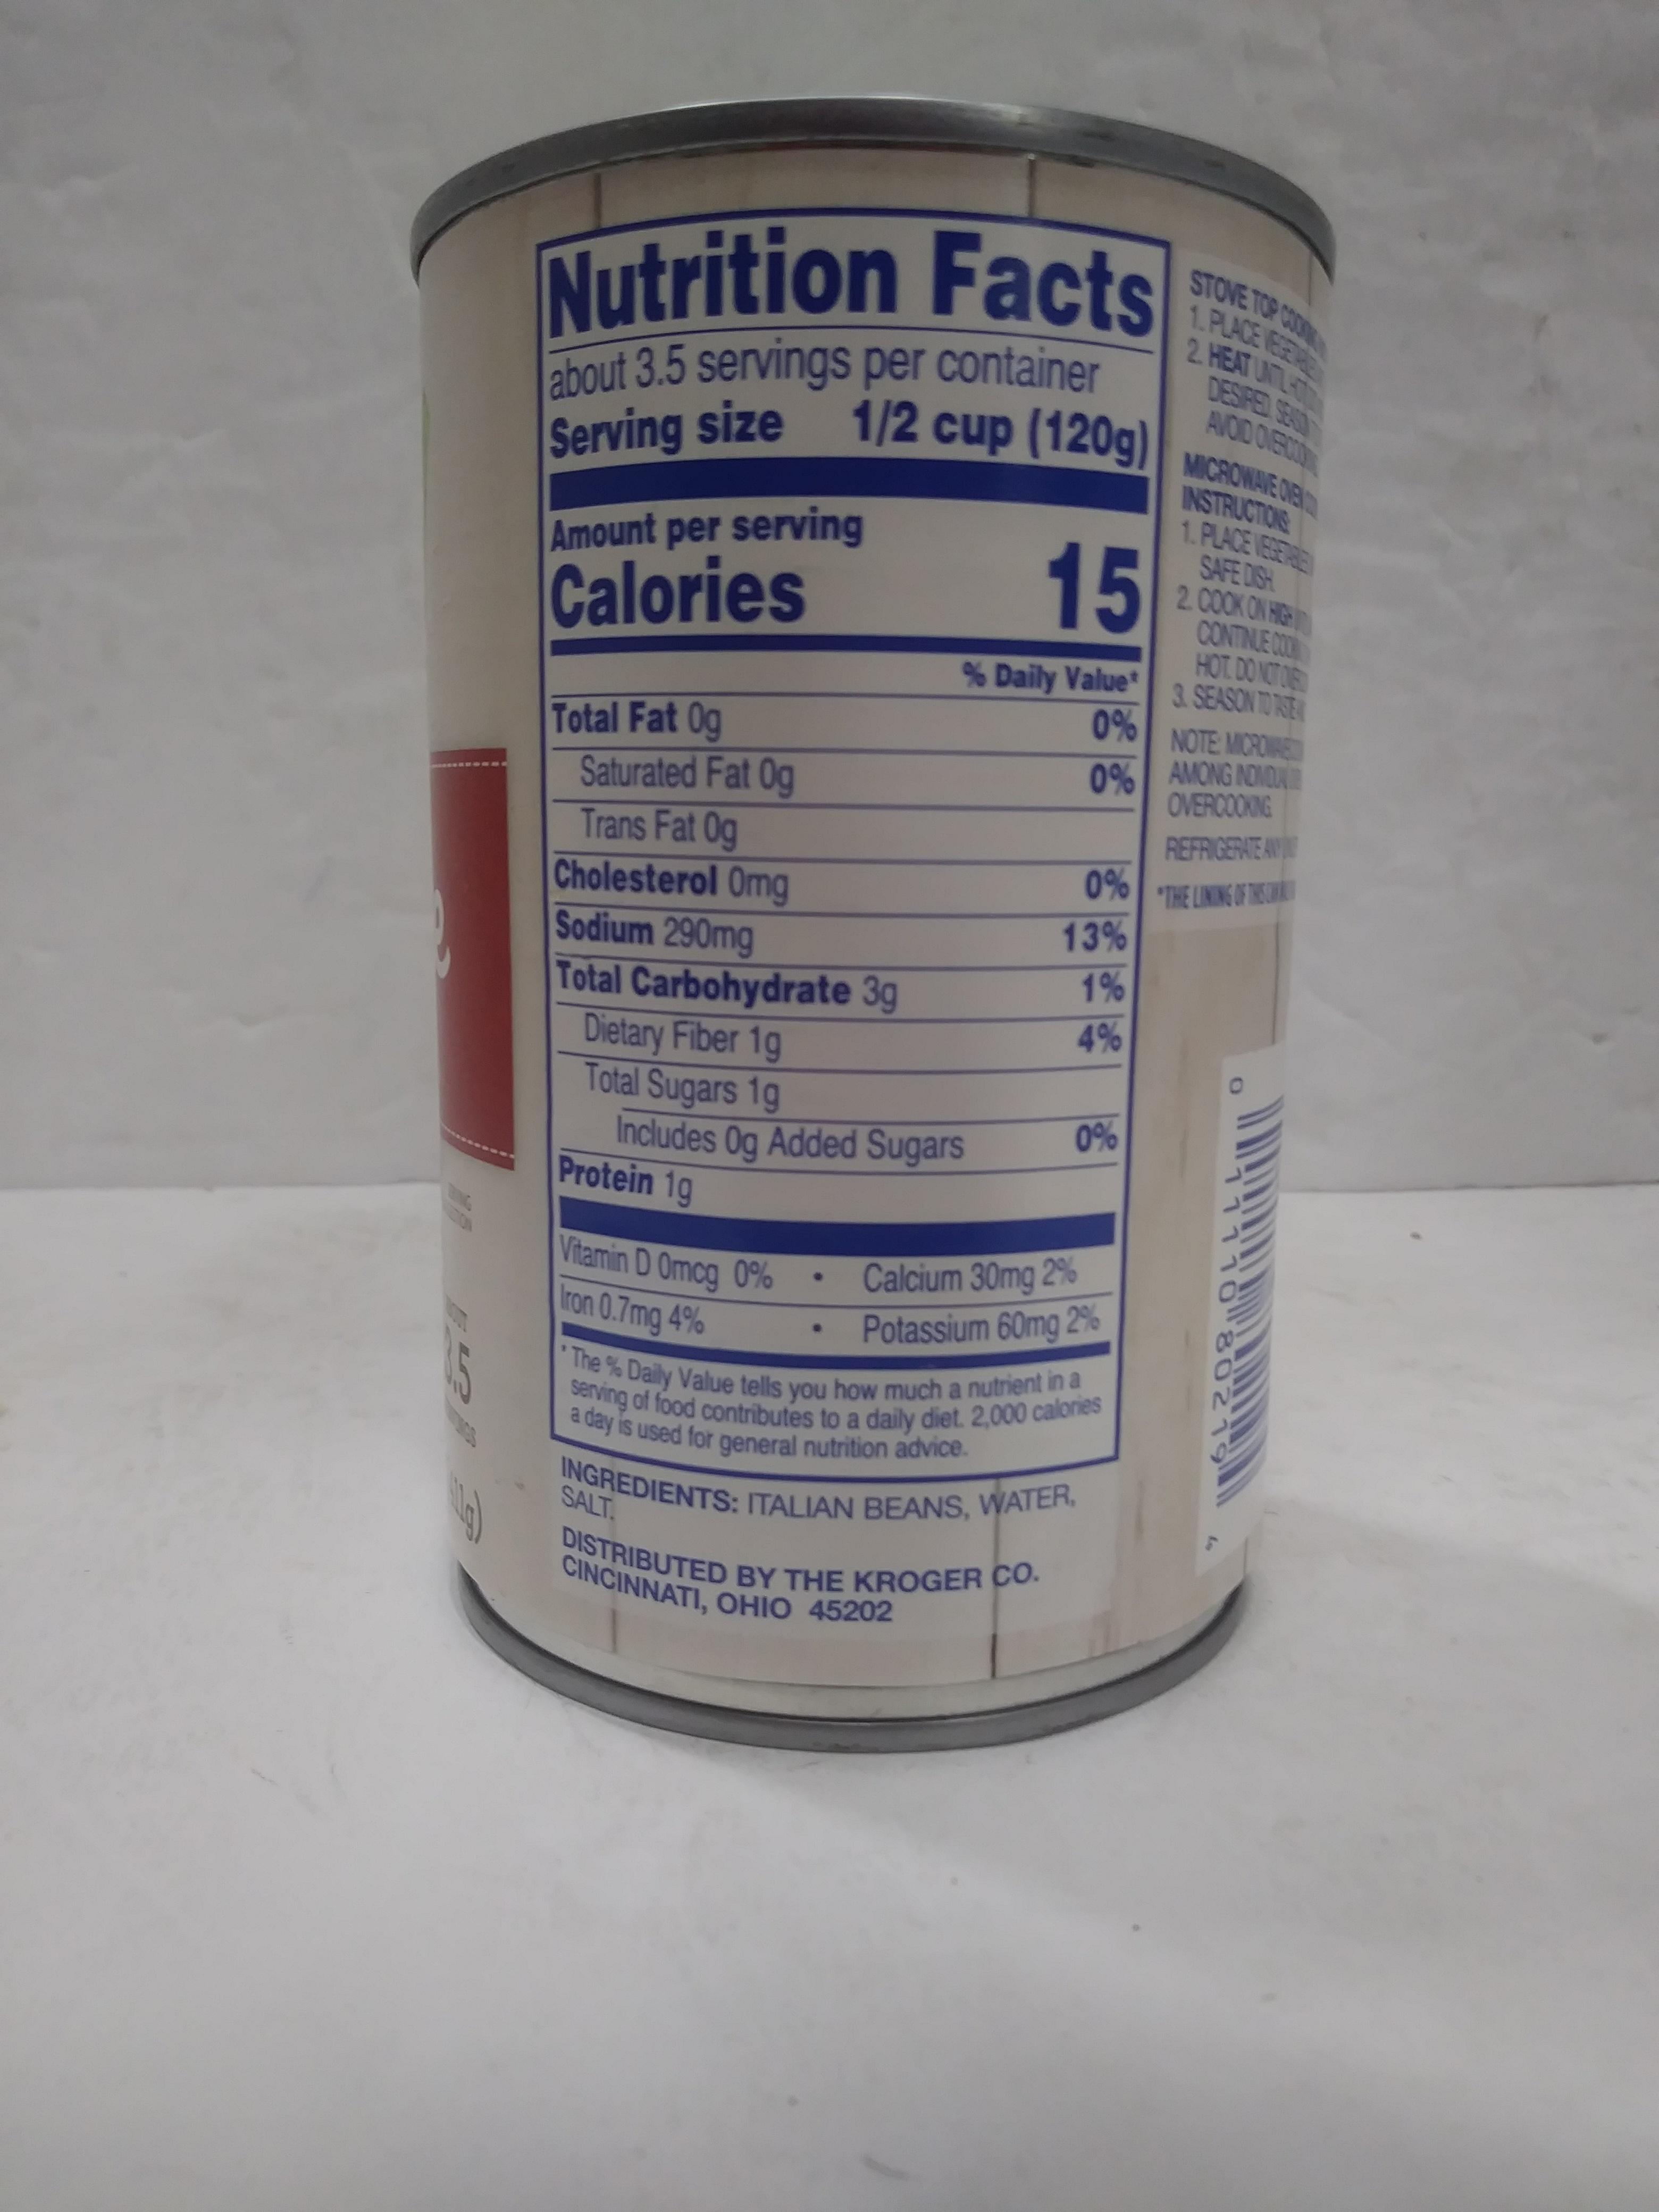
STOVE TOP COD 1. PLACE EGERE 2. HEAT UNTLH DESIRED SEUO AVOD OIERDON MICROWAIE OB INSTRUCTIONS 1. PLACE VEGERE SAFE DISH 2. C0OK ON HG CONTINLE CO HOT. DO NCTO % Daily Value 3. SEASON TO RE
Nutrition Facts
about 3.5 servings per container Serving size 1/2 cup (120g)| 15
Amount per serving
Calories
0%
NOTE MICRDIAE
0% AMONG NOMDA OVERCOOKING
Total Fat 0g Saturated Fat Og Trans Fat Og Cholesterol Omg Sodium 290mg Total Carbohydrate 3g Dietary Fiber 1g Total Sugars 1g Includes Og Added Sugars Protein 1g
REFRIGERATE AV
"THE LINING OF THSC
13% 1% 4%
0%
Vitamin D Omcg 0% Iron 0.7mg 4%
Calcium 30mg 2 % Potassium 60mg 2%
The % Daily Value tells you how much a nutrient in a 15
serving of food contributes to a daily diet. 2,000 calories a day is used for general nutrition advice.
INGREDIENTS: ITALIAN BEANS, WATER,
SALT.
DISTRIBUTED BY THE KROGER CO. CINCINNATI, OHIO 45202
11110 80219